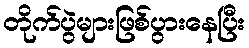
တိုက်ပွဲများဖြစ်ပွားနေပြီး